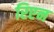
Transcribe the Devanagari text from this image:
रिएन